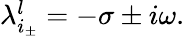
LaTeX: \begin{array}{r}{\lambda_{i_{\pm}}^{l}=-\sigma\pm i\omega.}\end{array}